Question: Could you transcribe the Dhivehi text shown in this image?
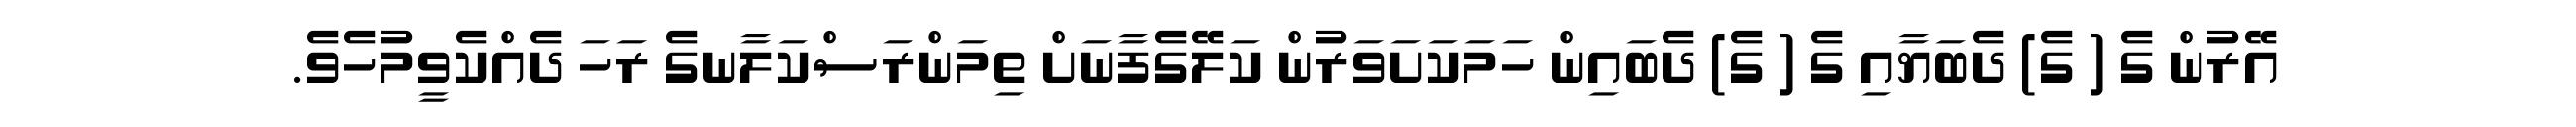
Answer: އޭރުން ގެ ( ގެ) ދެބަޔާއި ގެ ( ގެ) ދެބައިން ހަމަކަށަވަރުން ކަލޭގެފާނަށް ތިމަންރަސްކަލާނގެ ރަހަ ދެއްކެވީމުހެވެ.